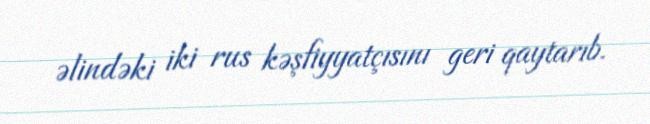
əlindəki iki rus kəşfiyyatçısını geri qaytarıb.